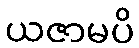
ယဇာမပိ